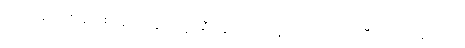
အရင်ဆယ်စုနှစ်အတွင်း ကျွန်းရဲ့ ခရီးသွားလုပ်ငန်းက ထိုးတက်ပြီး ၂၀၁၄ မှာ ၃.၈